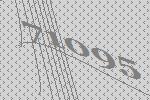
71095